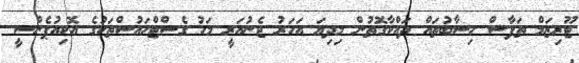
ޓޫރިޒަމް ތަފާސް ހިސާބުތައް ދައްކާގޮތުން މިދިޔަ އަހަރު ޖެނުއަރީ މަހު ގެސްޓްހައުސްތަކުގެ އޮކިއުޕެންސީ